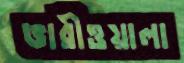
ভারীওয়ালা